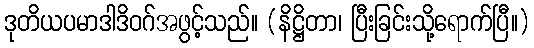
ဒုတိယပမာဒါဒိဝဂ်အဖွင့်သည်။ (နိဋ္ဌိတာ၊ ပြီးခြင်းသို့ရောက်ပြီ။)